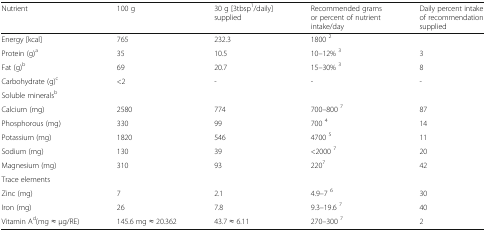
<table><thead><tr><td><b>Nutrient</b></td><td><b>100 g</b></td><td><b>30 g [3tbsp<sup>1</sup>/daily] supplied</b></td><td><b>Recommended grams or percent of nutrient intake/day</b></td><td><b>Daily percent intake of recommendation supplied</b></td></tr></thead><tbody><tr><td>Energy [kcal]</td><td>765</td><td>232.3</td><td>1800 <sup>2</sup></td><td></td></tr><tr><td>Protein (g)<sup>a</sup></td><td>35</td><td>10.5</td><td>10–12% <sup>3</sup></td><td>3</td></tr><tr><td>Fat (g)<sup>b</sup></td><td>69</td><td>20.7</td><td>15–30% <sup>3</sup></td><td>8</td></tr><tr><td>Carbohydrate (g)<sup>c</sup></td><td>&lt;2</td><td>-</td><td>-</td><td>-</td></tr><tr><td>Soluble minerals<sup>b</sup></td><td></td><td></td><td></td><td></td></tr><tr><td>Calcium (mg)</td><td>2580</td><td>774</td><td>700–800 <sup>7</sup></td><td>87</td></tr><tr><td>Phosphorous (mg)</td><td>330</td><td>99</td><td>700 <sup>4</sup></td><td>14</td></tr><tr><td>Potassium (mg)</td><td>1820</td><td>546</td><td>4700 <sup>5</sup></td><td>11</td></tr><tr><td>Sodium (mg)</td><td>130</td><td>39</td><td>&lt;2000 <sup>7</sup></td><td>20</td></tr><tr><td>Magnesium (mg)</td><td>310</td><td>93</td><td>220<sup>7</sup></td><td>42</td></tr><tr><td>Trace elements</td><td></td><td></td><td></td><td></td></tr><tr><td>Zinc (mg)</td><td>7</td><td>2.1</td><td>4.9–7 <sup>6</sup></td><td>30</td></tr><tr><td>Iron (mg)</td><td>26</td><td>7.8</td><td>9.3–19.6 <sup>7</sup></td><td>40</td></tr><tr><td>Vitamin A<sup>d</sup>(mg ≈ μg/RE)</td><td>145.6 mg ≈ 20.362</td><td>43.7 ≈ 6.11</td><td>270–300 <sup>7</sup></td><td>2</td></tr></tbody></table>